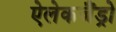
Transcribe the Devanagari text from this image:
ऐलेकजैंड्रो